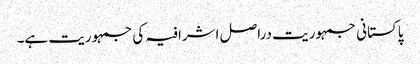
پاکستانی جمہوریت دراصل اشرافیہ کی جمہوریت ہے۔